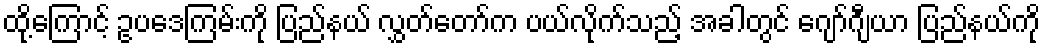
ထို့ကြောင့် ဥပဒေကြမ်းကို ပြည်နယ် လွှတ်တော်က ပယ်လိုက်သည့် အခါတွင် ဂျော်ဂျီယာ ပြည်နယ်ကို